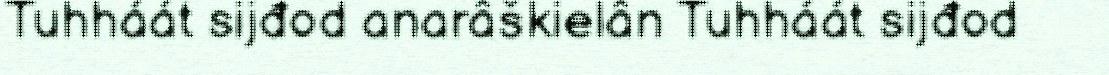
Tuhháát sijđod anarâškielân Tuhháát sijđod